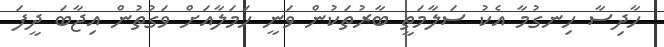
ހާދިސާ ހިނގުމާ އެކު ސަލާމަތީ ބާރުތަކުން ވަނީ ހަމަލާއަށް ވަގުތުން އިޖާބަ ދީފަ